Indian journal of veterinary science and animal husbandry - Volume 11,
Year: 1941
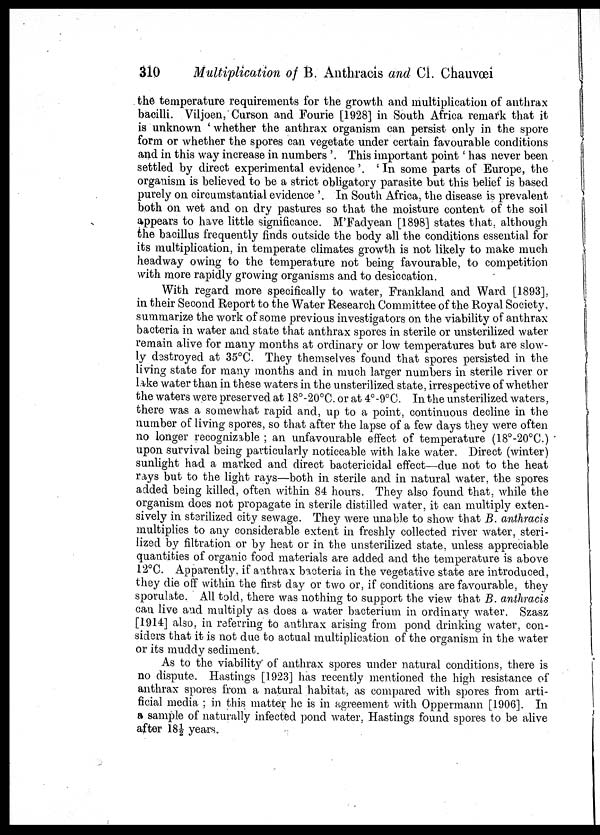
310
Multiplication of B. Anthracis and Cl. Chauvœi
the temperature requirements for the growth and multiplication of anthrax
bacilli. Viljoen, Curson and Fourie [1928] in South Africa remark that it
is unknown ' whether the anthrax organism can persist only in the spore
form or whether the spores can vegetate under certain favourable conditions
and in this way increase in numbers '. This important point ' has never been
settled by direct experimental evidence'. 'In some parts of Europe, the
organism is believed to be a strict obligatory parasite but this belief is based
purely on circumstantial evidence '. In South Africa, the disease is prevalent
both on wet and on dry pastures so that the moisture content of the soil
appears to have little significance. M'Fadyean [1898] states that, although
the bacillus frequently finds outside the body all the conditions essential for
its multiplication, in temperate climates growth is not likely to make much
headway owing to the temperature not being favourable, to competition
with more rapidly growing organisms and to desiccation.
With regard more specifically to water, Frankland and Ward [1893],
in their Second Report to the Water Research Committee of the Royal Society,
summarize the work of some previous investigators on the viability of anthrax
bacteria in water and state that anthrax spores in sterile or unsterilized water
remain alive for many months at ordinary or low temperatures but are slow-
ly destroyed at 35°C. They themselves found that spores persisted in the
living state for many months and in much larger numbers in sterile river or
lake water than in these waters in the unsterilized state, irrespective of whether
the waters were preserved at 18°-20°C. or at 4°-9°C. In the unsterilized waters,
there was a somewhat rapid and, up to a point, continuous decline in the
number of living spores, so that after the lapse of a few days they were often
no longer recognizable ; an unfavourable effect of temperature (18°-20°C.)
upon survival being particularly noticeable with lake water. Direct (winter)
sunlight had a marked and direct bactericidal effect—due not to the heat
rays but to the light rays—both in sterile and in natural water, the spores
added being killed, often within 84 hours. They also found that, while the
organism does not propagate in sterile distilled water, it can multiply exten-
sively in sterilized city sewage. They were unable to show that B. anthracis
multiplies to any considerable extent in freshly collected river water, steri-
lized by filtration or by heat or in the unsterilized state, unless appreciable
quantities of organic food materials are added and the temperature is above
12°C. Apparently, if anthrax bacteria in the vegetative state are introduced,
they die off within the first day or two or, if conditions are favourable, they
sporulate. All told, there was nothing to support the view that B. anthracis
can live and multiply as does a water bacterium in ordinary water. Szasz
[1914] also, in referring to anthrax arising from pond drinking water, con-
siders that it is not due to actual multiplication of the organism in the water
or its muddy sediment.
As to the viability of anthrax spores under natural conditions, there is
no dispute. Hastings [1923] has recently mentioned the high resistance of
anthrax spores from a natural habitat, as compared with spores from arti-
ficial media ; in this matter he is in agreement with Oppermann [1906]. In
a sample of naturally infected pond water, Hastings found spores to be alive
after 18½ years.